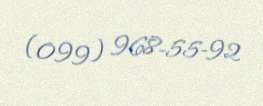
(099) 968-55-92